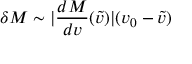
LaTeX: \delta M \sim | \frac { d M } { d v } ( \tilde { v } ) | ( v _ { 0 } - \tilde { v } )